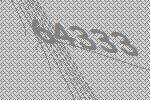
64333